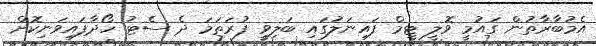
އެމުބާރާތުން ގައުމީ ވޮލީ ޓީމް ފައިނަލުގައި ބަލިވީ ފުރަތަމަ ދެ ސެޓު ހޯދާފައިވަނިކޮށް